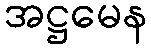
အဋ္ဌမေန